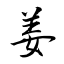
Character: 姜